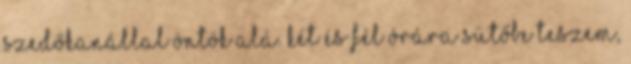
szedőkanállal öntök alá. Két és fél órára sütőbe teszem,